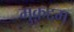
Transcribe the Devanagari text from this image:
मुक़द्दम